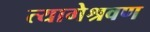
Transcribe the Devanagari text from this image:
त्यागेश्रवण